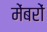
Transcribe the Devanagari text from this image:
मेंबरों